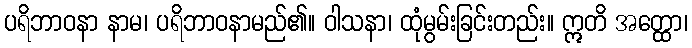
ပရိဘာဝနာ နာမ၊ ပရိဘာဝနာမည်၏။ ဝါသနာ၊ ထုံမွမ်းခြင်းတည်း။ ဣတိ အတ္ထော၊